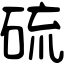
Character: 硫